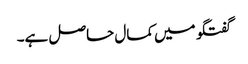
گفتگو میں کمال حاصل ہے۔